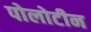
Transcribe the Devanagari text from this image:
पोलोटीन